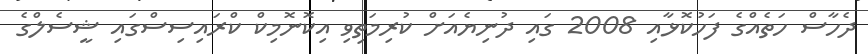
ދެހާސް ހަތެއްގެ ފަހުކޮޅާއި 2008 ގައި ދުނިޔެއަށް ކުރިމަތިވި އިކޮނޮމިކް ކްރައިސިސްގައި ޝީސެލްގެ